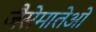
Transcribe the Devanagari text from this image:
जैसेमातेओ